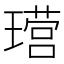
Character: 𮴶